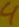
Text: 4